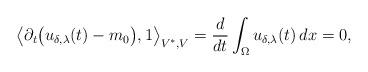
LaTeX: \begin{align*}\bigl\langle \partial_t \bigl(u_{\delta,\lambda}(t) - m_0 \bigr), 1 \bigr\rangle_{V^*,V} & = \frac{d}{dt} \int_\Omega u_{\delta,\lambda}(t) \, dx = 0,\end{align*}